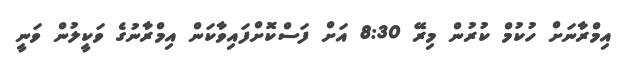
އިމްރާނަށް ހުކުމް ކުރުން މިރޭ 8:30 އަށް ފަސްކޮށްފައިވާކަން އިމްރާނުގެ ވަކީލުން ވަނީ